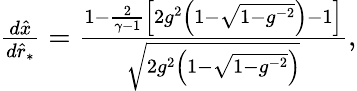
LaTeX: \begin{array}{r}{\frac{d\hat{x}}{d\hat{r}_{*}}=\frac{1-\frac{2}{\gamma-1}\left[2g^{2}\left(1-\sqrt{1-g^{-2}}\right)-1\right]}{\sqrt{2g^{2}\left(1-\sqrt{1-g^{-2}}\right)}},}\end{array}